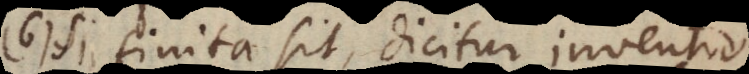
Si finita sit, dicitur Demonstratio